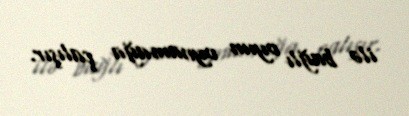
ilə bağlı oyun oynamağa çalışır.